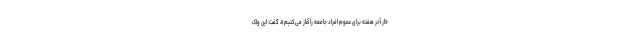
«از آخر هفته برای عموم افراد جامعه را آغاز می‌کنیم»، گفت: این واک